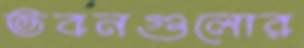
ভবনগুলোর